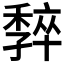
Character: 𡦧